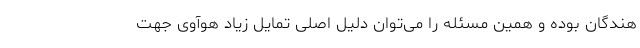
هندگان بوده و همین مسئله را می‌توان دلیل اصلی تمایل زیاد هوآوی جهت